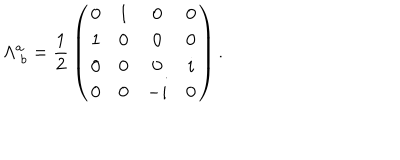
\Lambda _ { \ b } ^ { a } = { \frac { 1 } { 2 } } \left( \begin{array} { c c c c } { { 0 } } & { { 1 } } & { { 0 } } & { { 0 } } \\ { { 1 } } & { { 0 } } & { { 0 } } & { { 0 } } \\ { { 0 } } & { { 0 } } & { { 0 } } & { { i } } \\ { { 0 } } & { { 0 } } & { { - i } } & { { 0 } } \\ \end{array} \right) .